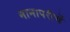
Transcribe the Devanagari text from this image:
नानापरीचें